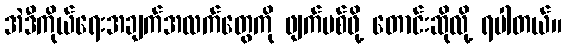
အဲဒီကိုယ်ရေးအချက်အလက်တွေကို ဖျက်ပစ်ဖို့ တောင်းဆိုလို့ ရပါတယ်။